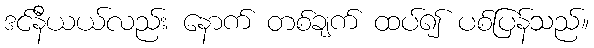
ဒင်နီယယ်လည်း နောက် တစ်ချက် ထပ်၍ ပစ်ပြန်သည်။